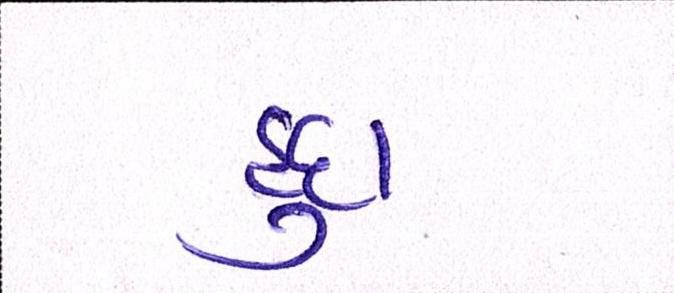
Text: હૃદા